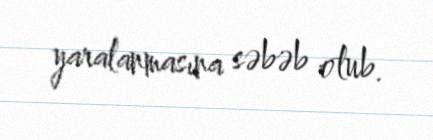
yaralanmasına səbəb olub.